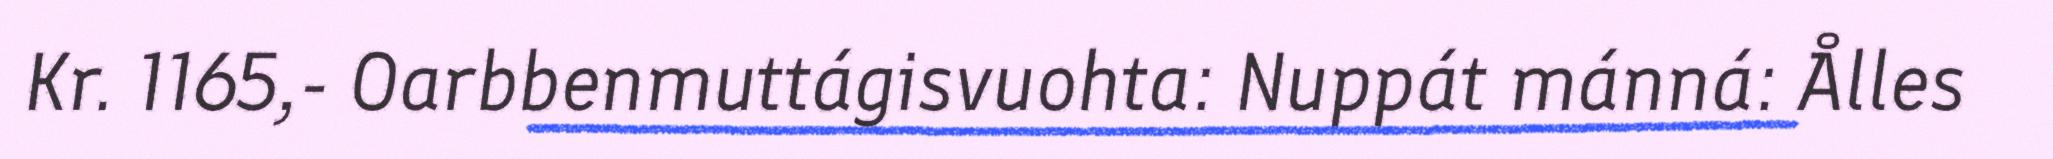
Kr. 1165,- Oarbbenmuttágisvuohta: Nuppát mánná: Ålles